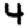
Digit: 4